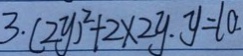
3 . ( 2 y ) ^ { 2 } + 2 \times 2 y . y = 1 0 .